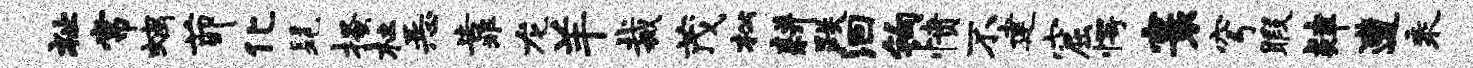
祉常螭茆化髦搔杜恶靠龙羊裁茂松耕跌洄钩愤不建窟愕寰穹暇肄遭乘